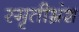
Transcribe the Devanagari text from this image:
स्मृतीभ्रंश